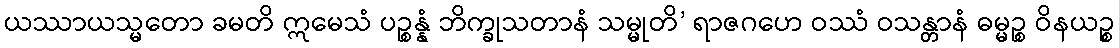
ယဿာယသ္မတော ခမတိ ဣမေသံ ပဉ္စန္နံ ဘိက္ခုသတာနံ သမ္မုတိ’ ရာဇဂဟေ ဝဿံ ဝသန္တာနံ ဓမ္မဉ္စ ဝိနယဉ္စ